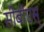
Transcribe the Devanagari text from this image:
सीबीएस्